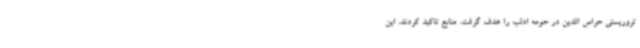
تروریستی حراس الدین در حومه ادلب را هدف گرفت. منابع تاکید کردند، این